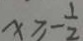
x \geq - \frac { 1 } { 2 }